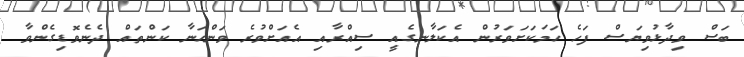
ބަސް ވިދާޅުވިޔަސް ފަހެ ހަމަކަށަވަރުން އެކަލާނގެއީ ސިއްރާއި އެއަށްވުރެ ވަންހަނާ ކަންތައް ދެނެވޮޑިގެންވާ